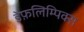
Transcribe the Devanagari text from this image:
डेफ़लिम्पिक्स